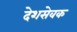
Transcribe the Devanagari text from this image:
देशसेवक